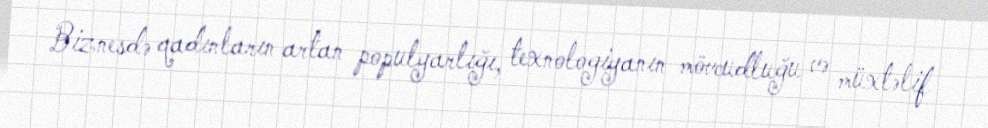
Biznesdə qadınların artan populyarlığı, texnologiyanın mövcudluğu və müxtəlif